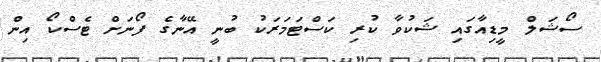
ސޯޝަލް މީޑިއާގައި ޝަކުވާ ކުރި ކަސްޓަމަރަކު ބުނީ އޭނާގެ ފޯނަށް ޓެސްކޯ އިން